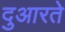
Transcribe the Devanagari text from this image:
दुआरते